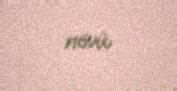
növü.